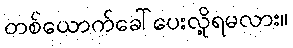
တစ်ယောက်ခေါ်ပေးလို့ရမလား။